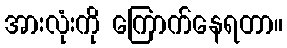
အားလုံးကို ကြောက်နေရတာ။